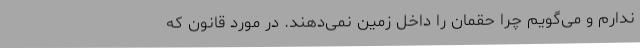
ندارم و می‌گویم چرا حقمان را داخل زمین نمی‌دهند. در مورد قانون که